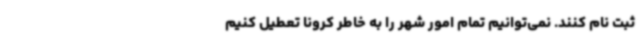
ثبت نام کنند. نمی‌توانیم تمام امور شهر را به خاطر کرونا تعطیل کنیم